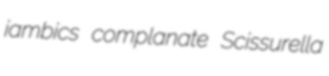
iambics complanate Scissurella